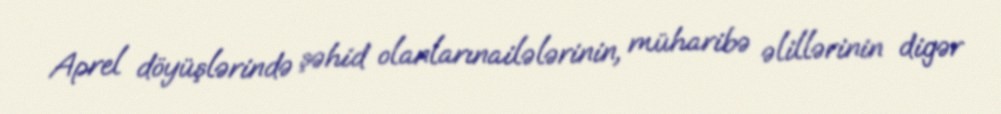
Aprel döyüşlərində şəhid olanlarınailələrinin, müharibə əlillərinin digər